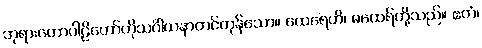
ဘုရားဟောပါဠိတော်ကိုသင်္ဂါယနာတင်ကုန်သော။ ထေရေဟိ၊ မထေရ်တို့သည်။ ဧတံ၊